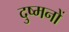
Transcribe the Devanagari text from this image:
दुष्मनों